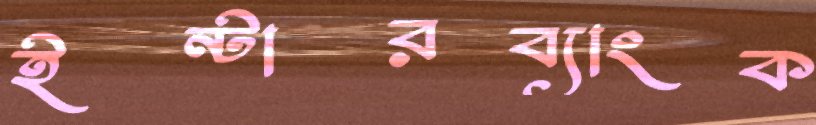
ইন্টারব্যাংক